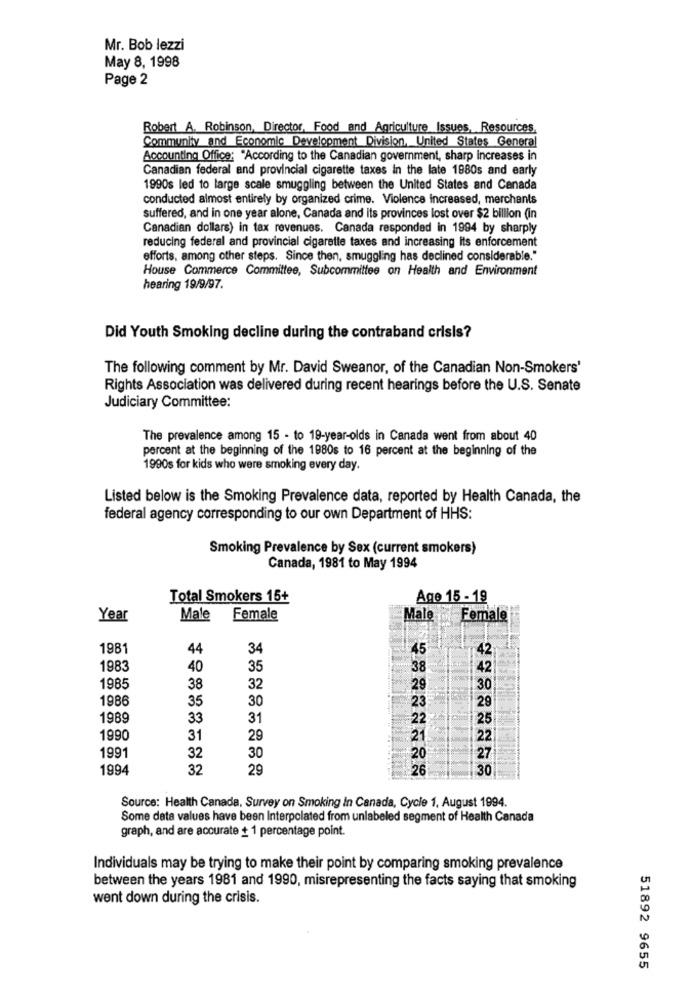
Mr. Bob lezzi
May 8, 1998
Page 2
Robert A. Robinson, Director, Food and Agriculture Issues, Resources,
Community and Economic Development Division, United States General
Accounting Office: "According to the Canadian government, sharp increases in
Canadian federal and provincial cigarette taxes in the late 1980s and early
1990s led to large scale smuggling between the United States and Canada
conducted almost entirely by organized crime. Violence increased, merchants
suffered, and in one year alone, Canada and its provinces lost over $2 billion (in
Canadian dollars) in tax revenues. Canada responded in 1994 by sharply
reducing federal and provincial cigarette taxes and increasing its enforcement
efforts, among other steps. Since then, smuggling has declined considerable."
House Commerce Committee, Subcommittee on Health and Environment
hearing 19/9/97.
Did Youth Smoking decline during the contraband crisis?
The following comment by Mr. David Sweanor, of the Canadian Non-Smokers'
Rights Association was delivered during recent hearings before the U.S. Senate
Judiciary Committee:
The prevalence among 15 - to 19-year-olds in Canada went from about 40
percent at the beginning of the 1980s to 16 percent at the beginning of the
1990s for kids who were smoking every day.
Listed below is the Smoking Prevalence data, reported by Health Canada, the
federal agency corresponding to our own Department of HHS:
Smoking Prevalence by Sex (current smokers)
Canada, 1981 to May 1994
Total Smokers 15+
Age 15 - 19
Year
Male
Female
Male
Female
1981
44
34
45
42
1983
40
35
38
42
1985
38
32
29
30
1986
35
30
23
29
1989
33
31
22
25
1990
31
29
21
22
1991
32
30
27
1994
32
29
26
30
Source: Health Canada, Survey on Smoking In Canada, Cycle 1. August 1994.
Some data values have been Interpolated from unlabeled segment of Health Canada
graph, and are accurate + 1 percentage point.
Individuals may be trying to make their point by comparing smoking prevalence
between the years 1981 and 1990, misrepresenting the facts saying that smoking
went down during the crisis.
51892 9655